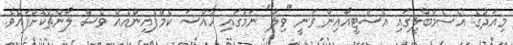
މިއަދުގެ އެސެމްބްލީގައި އެސްޓީއޯއިން ވަނީ "ވިލްް" ނަމުގައި ހާއްސަ ކެމްޕެއިންއެއް ވެސް ލޯންޗްކޮށްފައެވެ.